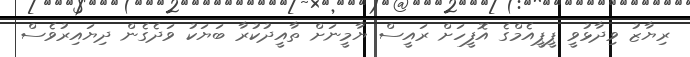
ރިޔާޒު ވިދާޅުވީ ޕީޕީއެމްގެ އޮފީހަށް ރައީސް ޔާމީނަށް ތާއީދުކުރާ ބަޔަކު ވަދެގެން ދިޔައިރުވެސް